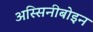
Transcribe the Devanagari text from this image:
अस्सिनीबोइन